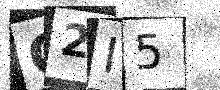
Text: O2I5